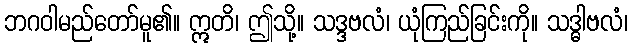
ဘဂဝါမည်တော်မူ၏။ ဣတိ၊ ဤသို့။ သဒ္ဒဗလံ၊ ယုံကြည်ခြင်းကို။ သဒ္ဓါဗလံ၊